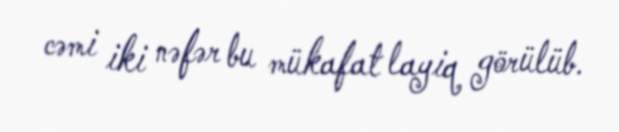
cəmi iki nəfər bu mükafat layiq görülüb.